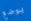
يوضع